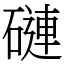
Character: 䃛